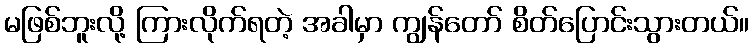
မဖြစ်ဘူးလို့ ကြားလိုက်ရတဲ့ အခါမှာ ကျွန်တော် စိတ်ပြောင်းသွားတယ်။